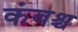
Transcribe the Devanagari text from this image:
कंबश्च